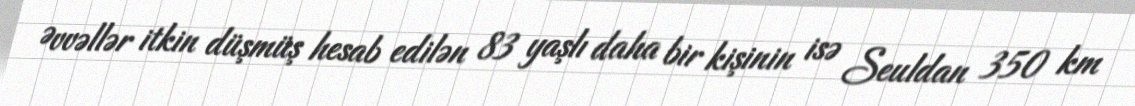
Əvvəllər itkin düşmüş hesab edilən 83 yaşlı daha bir kişinin isə Seuldan 350 km